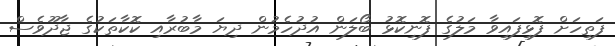
ފަތިހަށް ފޮޅިފައިވާ މަލުގެ ފޮނިކޮޅު ބޯލަން އުދުހެމުން ދިޔަ މާބުރާއި ކޮކާތަކުގެ ޖާދޫވެސް